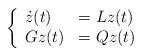
LaTeX: \begin{align*} \left\{ \begin{array}{ll} \dot{z}(t)&=Lz(t)\\ Gz(t)&=Qz(t) \end{array} \right.\end{align*}